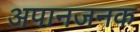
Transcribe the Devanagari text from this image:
अपानजनक